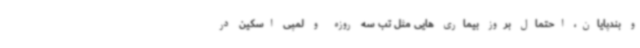
و بندپایان، احتمال بروز بیماری هایی مثل تب سه روزه و لمپی اسکین در